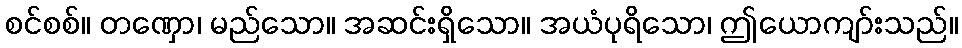
စင်စစ်။ တဏှော၊ မည်သော။ အဆင်းရှိသော။ အယံပုရိသော၊ ဤယောကျာ်းသည်။